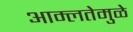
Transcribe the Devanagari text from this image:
आम्लतेमुळे